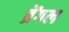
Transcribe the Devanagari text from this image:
व्रेंगल